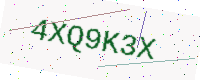
Text: 4XQ9K3X